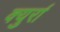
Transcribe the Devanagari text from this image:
क्युर्रा